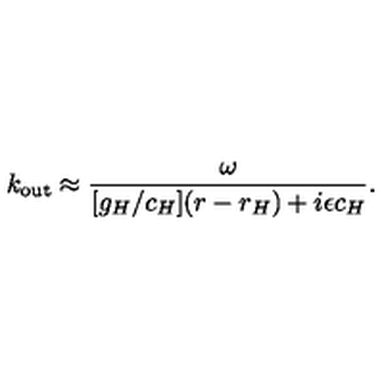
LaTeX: k _ { \mathrm { o u t } } \approx { \frac { \omega } { [ g _ { H } / c _ { H } ] ( r - r _ { H } ) + i \epsilon c _ { H } } } .